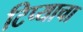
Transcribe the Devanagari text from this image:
टिप्याचा